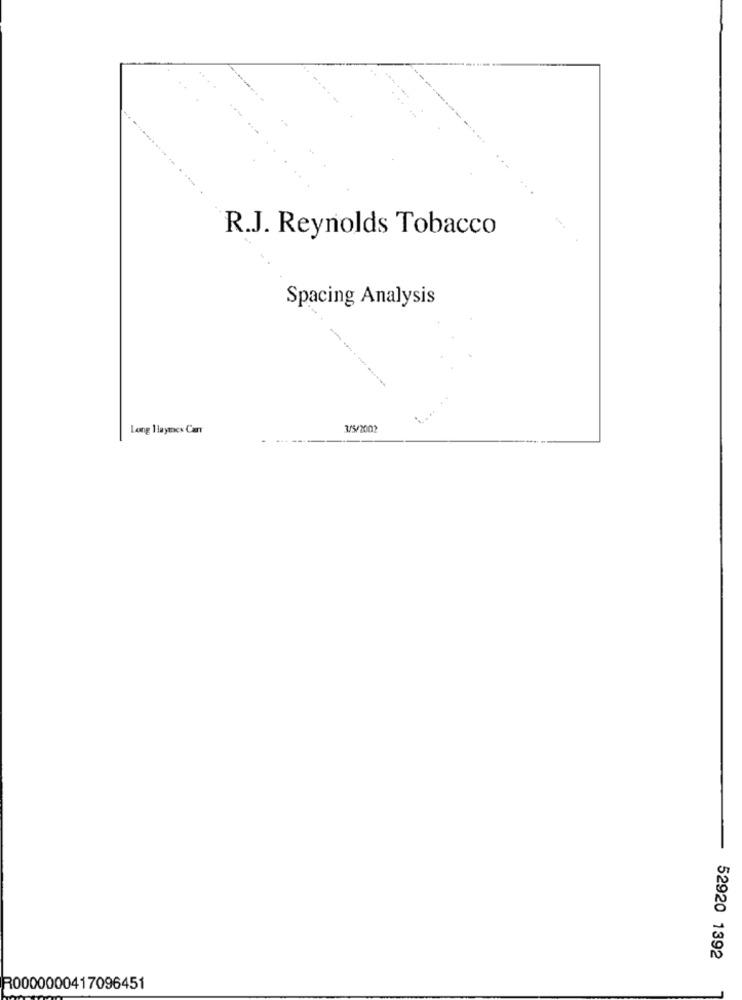
R.J. Reynolds Tobacco
Spacing Analysis
Long 1 laymes Carr
3/5/2002
52920 1392
R0000000417096451